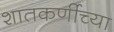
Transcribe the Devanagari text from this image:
शातकर्णीच्या